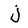
Character: j